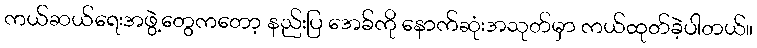
ကယ်ဆယ်ရေးအဖွဲ့တွေကတော့ နည်းပြ အေခ်ကို နောက်ဆုံးအသုတ်မှာ ကယ်ထုတ်ခဲ့ပါတယ်။